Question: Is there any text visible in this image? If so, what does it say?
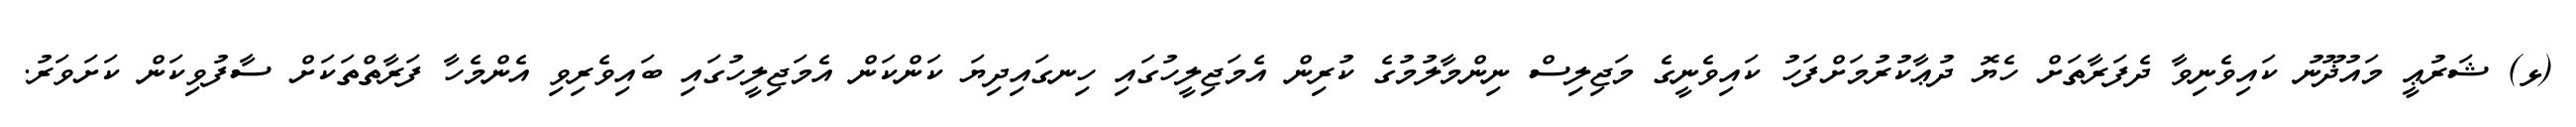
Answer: (ޅ) ޝަރުޢީ މައުޛޫނު ކައިވެނިވާ ދެފަރާތަށް ހެޔޮ ދުޢާކުރުމަށްފަހު ކައިވެނީގެ މަޖިލިސް ނިންމާލުމުގެ ކުރިން އެމަޖިލީހުގައި ހިނގައިދިޔަ ކަންކަން އެމަޖިލީހުގައި ބައިވެރިވި އެންމެހާ ފަރާތްތަކަށް ސާފުވިކަން ކަށަވަރު.